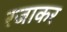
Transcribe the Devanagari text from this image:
रजाकर